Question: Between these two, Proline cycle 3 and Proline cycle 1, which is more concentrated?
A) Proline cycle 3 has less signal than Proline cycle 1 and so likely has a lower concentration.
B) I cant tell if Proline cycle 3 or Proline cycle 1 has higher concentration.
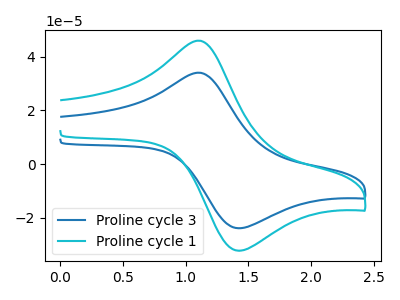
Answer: <think>The blue curve "Proline cycle 3" has an anodic peak at (1.10V, 34.05uA) and a cathodic peak at (1.40V, -23.95uA). The cyan curve "Proline cycle 1" has an anodic peak at (1.10V, 46.00uA) and a cathodic peak at (1.40V, -32.30uA).
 All the peaks in "Proline cycle 3" have a peak in "Proline cycle 1" at the same potential. Every peak in "Proline cycle 3" is lower than every peak in "Proline cycle 1".</think>
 <answer>A) "Proline cycle 3" has less signal than "Proline cycle 1" and so likely has a lower concentration.</answer>
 <eval>A</eval>